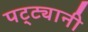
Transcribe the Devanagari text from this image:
पट्ट्यानी